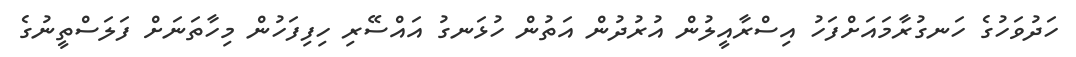
ހަދުވަހުގެ ހަނގުރާމައަށްފަހު އިސްރާއީލުން އުރުދުން އަތުން ހުޅަނގު އައްސޭރި ހިފިފަހުން މިހާތަނަށް ފަލަސްތީނުގެ